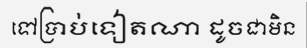
ទៅប្រាប់ទៀតណា ដូចជាមិន